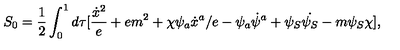
S _ { 0 } = \frac { 1 } { 2 } \int _ { 0 } ^ { 1 } d \tau [ \frac { \dot { x } ^ { 2 } } { e } + e m ^ { 2 } + \chi \psi _ { a } \dot { x } ^ { a } / e - \psi _ { a } \dot { \psi } ^ { a } + \psi _ { S } \dot { \psi _ { S } } - m \psi _ { S } \chi ] ,